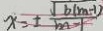
x = \pm \frac { \sqrt { b ( m - 1 ) } } { m - 1 }